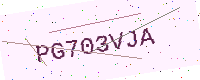
Text: PG703VJA